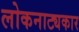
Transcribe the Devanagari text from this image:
लोकनाट्यकार